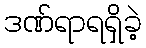
ဒဏ်ရာရရှိခဲ့